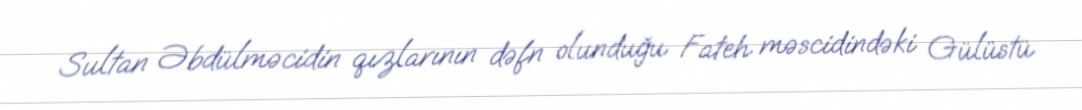
Sultan Əbdülməcidin qızlarının dəfn olunduğu Fateh məscidindəki Gülüstü